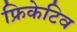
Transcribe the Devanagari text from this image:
फ्रिकेटिव